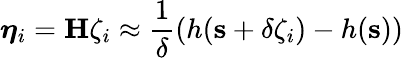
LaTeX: \boldsymbol{\eta}_{i}=\mathbf{H}\zeta_{i}\approx\frac{1}{\delta}\left(h(\mathbf{s}+\delta\zeta_{i})-h(\mathbf{s})\right)